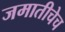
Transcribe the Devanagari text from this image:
जमातीचेच